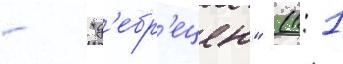
- "д'ебр'ецен" (1: 1